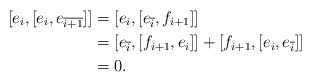
\begin{align*}[e_i,[e_i,e_{\overline{i+1}}]] &= [e_i,[e_{\overline{i}}, f_{i+1} ]]\\&= [e_{\overline{i}}, [f_{i+1}, e_i]] + [f_{i+1}, [e_i, e_{\overline{i}}]]\\&= 0.\end{align*}